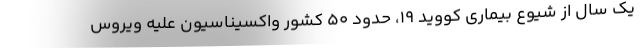
یک سال از شیوع بیماری کووید ۱۹، حدود ۵۰ کشور واکسیناسیون علیه ویروس